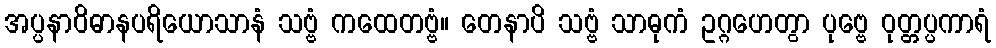
အပ္ပနာဝိဓာနပရိယောသာနံ သဗ္ဗံ ကထေတဗ္ဗံ။ တေနာပိ သဗ္ဗံ သာဓုကံ ဥဂ္ဂဟေတွာ ပုဗ္ဗေ ဝုတ္တပ္ပကာရံ